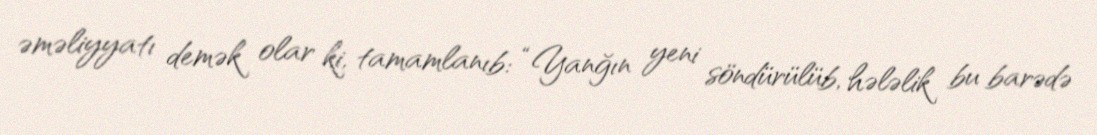
əməliyyatı demək olar ki, tamamlanıb: “Yanğın yeni söndürülüb, hələlik bu barədə